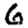
Digit: 6